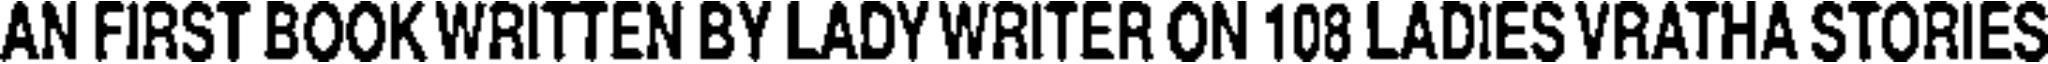
AN FIRST BOOK WRITTEN BY LADY WRITER ON 108 LADIES VRATHA STORIES